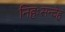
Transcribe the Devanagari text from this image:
निहःसन्देह